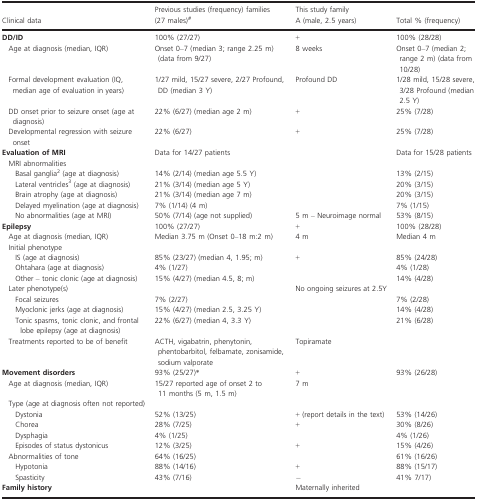
<table><thead><tr><td><b>Clinical data</b></td><td><b>Previous studies (frequency) families (27 males)#</b></td><td><b>This study family A (male, 2.5 years)</b></td><td><b>Total % (frequency)</b></td></tr></thead><tbody><tr><td><b>DD/ID</b></td><td>100% (27/27)</td><td>+</td><td>100% (28/28)</td></tr><tr><td> Age at diagnosis (median, IQR)</td><td>Onset 0–7 (median 3; range 2.25 m) (data from 9/27)</td><td>8 weeks</td><td>Onset 0–7 (median 2; range 2 m) (data from 10/28)</td></tr><tr><td> Formal development evaluation (IQ, median age of evaluation in years)</td><td>1/27 mild, 15/27 severe, 2/27 Profound, DD (median 3 Y)</td><td>Profound DD</td><td>1/28 mild, 15/28 severe, 3/28 Profound (median 2.5 Y)</td></tr><tr><td> DD onset prior to seizure onset (age at diagnosis)</td><td>22% (6/27) (median age 2 m)</td><td>+</td><td>25% (7/28)</td></tr><tr><td> Developmental regression with seizure onset</td><td>22% (6/27)</td><td>+</td><td>25% (7/28)</td></tr><tr><td><b>Evaluation of MRI</b></td><td>Data for 14/27 patients</td><td></td><td>Data for 15/28 patients</td></tr><tr><td colspan="4"> MRI abnormalities</td></tr><tr><td>Basal ganglia2 (age at diagnosis)</td><td>14% (2/14) (median age 5.5 Y)</td><td></td><td>13% (2/15)</td></tr><tr><td>Lateral ventricles3 (age at diagnosis)</td><td>21% (3/14) (median age 5 Y)</td><td></td><td>20% (3/15)</td></tr><tr><td>Brain atrophy (age at diagnosis)</td><td>21% (3/14) (median age 7 m)</td><td></td><td>20% (3/15)</td></tr><tr><td>Delayed myelination (age at diagnosis)</td><td>7% (1/14) (4 m)</td><td></td><td>7% (1/15)</td></tr><tr><td>No abnormalities (age at MRI)</td><td>50% (7/14) (age not supplied)</td><td>5 m – Neuroimage normal</td><td>53% (8/15)</td></tr><tr><td><b>Epilepsy</b></td><td>100% (27/27)</td><td>+</td><td>100% (28/28)</td></tr><tr><td> Age at diagnosis (median, IQR)</td><td>Median 3.75 m (Onset 0–18 m:2 m)</td><td>4 m</td><td>Median 4 m</td></tr><tr><td colspan="4"> Initial phenotype</td></tr><tr><td>IS (age at diagnosis)</td><td>85% (23/27) (median 4, 1.95; m)</td><td>+</td><td>85% (24/28)</td></tr><tr><td>Ohtahara (age at diagnosis)</td><td>4% (1/27)</td><td></td><td>4% (1/28)</td></tr><tr><td>Other – tonic clonic (age at diagnosis)</td><td>15% (4/27) (median 4.5, 8; m)</td><td></td><td>14% (4/28)</td></tr><tr><td> Later phenotype(s)</td><td></td><td>No ongoing seizures at 2.5Y</td><td></td></tr><tr><td>Focal seizures</td><td>7% (2/27)</td><td></td><td>7% (2/28)</td></tr><tr><td>Myoclonic jerks (age at diagnosis)</td><td>15% (4/27) (median 2.5, 3.25 Y)</td><td></td><td>14% (4/28)</td></tr><tr><td>Tonic spasms, tonic clonic, and frontal lobe epilepsy (age at diagnosis)</td><td>22% (6/27) (median 4, 3.3 Y)</td><td></td><td>21% (6/28)</td></tr><tr><td> Treatments reported to be of benefit</td><td>ACTH, vigabatrin, phenytonin, phentobarbitol, felbamate, zonisamide, sodium valporate</td><td>Topiramate</td><td></td></tr><tr><td><b>Movement disorders</b></td><td>93% (25/27)*</td><td>+</td><td>93% (26/28)</td></tr><tr><td> Age at diagnosis (median, IQR)</td><td>15/27 reported age of onset 2 to 11 months (5 m, 1.5 m)</td><td>7 m</td><td></td></tr><tr><td colspan="4"> Type (age at diagnosis often not reported)</td></tr><tr><td>Dystonia</td><td>52% (13/25)</td><td>+ (report details in the text)</td><td>53% (14/26)</td></tr><tr><td>Chorea</td><td>28% (7/25)</td><td>+</td><td>30% (8/26)</td></tr><tr><td>Dysphagia</td><td>4% (1/25)</td><td></td><td>4% (1/26)</td></tr><tr><td>Episodes of status dystonicus</td><td>12% (3/25)</td><td>+</td><td>15% (4/26)</td></tr><tr><td> Abnormalities of tone</td><td>64% (16/25)</td><td></td><td>61% (16/26)</td></tr><tr><td>Hypotonia</td><td>88% (14/16)</td><td>+</td><td>88% (15/17)</td></tr><tr><td>Spasticity</td><td>43% (7/16)</td><td>−</td><td>41% 7/17)</td></tr><tr><td><b>Family history</b></td><td></td><td>Maternally inherited</td><td></td></tr></tbody></table>